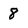
Character: 8